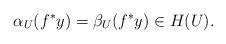
LaTeX: \begin{align*}\alpha_U(f^{\ast}y) = \beta_U(f^{\ast}y) \in H(U).\end{align*}